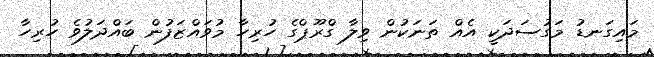
މައިގަނޑު މަގުސަދަކީ އެއް ތަނަކުން ވިލާ ގްރޫޕްގެ ހުރިހާ މުވައްޒަފުން ބައްދަލުވެ ހުރިހާ